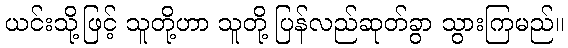
ယင်းသို့ဖြင့် သူတို့ဟာ သူတို့ ပြန်လည်ဆုတ်ခွာ သွားကြမည်။